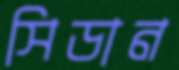
সিডান